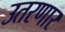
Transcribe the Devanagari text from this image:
उतरणार